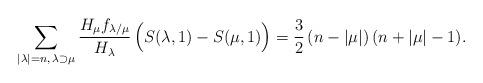
LaTeX: \begin{align*} \sum_{|\lambda|=n,\, \lambda \supset \mu} \frac{H_\mu f_{\lambda/\mu}}{H_\lambda}\, \Bigl(S(\lambda,1)-S(\mu,1)\Bigr) = \frac 32\, (n-|\mu|)\, (n+|\mu|-1).\end{align*}